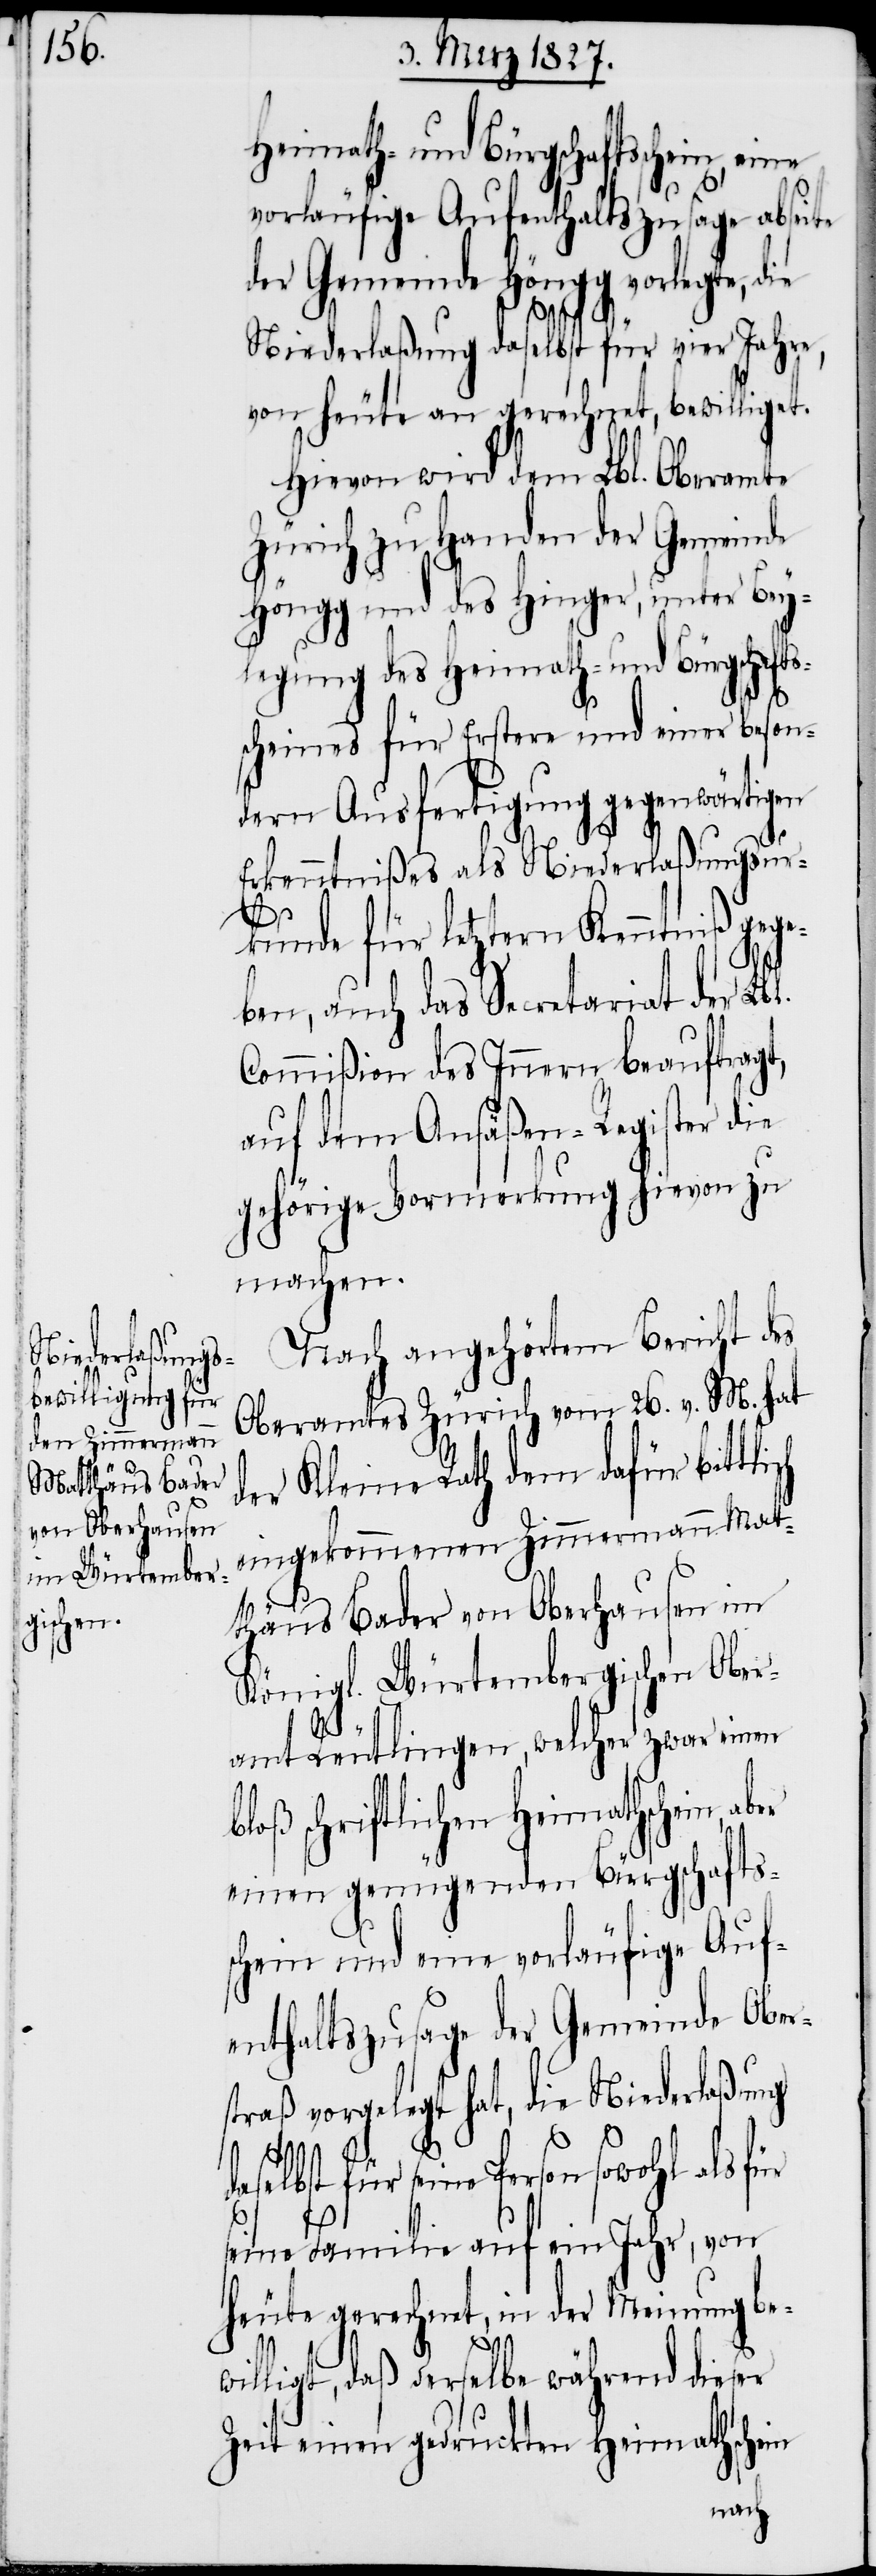
ts¬

Heimath- und Bürgschaftsschein, eine
vorläufige Aufenthaltszusage abseite
der Gemeinde Höngg vorlegte, die
Niederlaßung daselbst für vier Jahre,
von heute an gerechnet, bewilliget.
Hievon wird dem Lbl. Oberamte
Zürich zu Handen der Gemeinde
Höngg und des Hinger, unter Bey¬
legung des Heimath- und Bürgschaf¬
scheines für Erstere und einer beson¬
dern Ausfertigung gegenwärtigen
Erkenntnißes als Niederlaßungsur¬
kunde für letztern Kenntniß gege¬
ben, auch das Secretariat der Lb¬
Commißion des Innern beauftragt,
auf dem Ansäßen-Register die
gehörige Vormerkung hievon zu
machen.
Nach angehörtem Bericht des
Oberamtes Zürich vom 26. v. M. hat
der Kleine Rath dem dafür bittlich
eingekommenen Zimmermann Mat¬
thäus Bader von Oberhausen im
Königl. Würtembergischen Ober¬
b¬
amt Reutlingen, welcher zwar einen
loß schriftlichen Heimathschein,
einen genügenden Bürgschafts¬
schein und eine vorläufige Auf¬
enthaltszusage der Gemeinde Ober¬
straß vorgelegt hat, die Niederlaßung
seine Person sowohl als
seine Familie auf ein Jahr, von
heute gerechnet, in der Meinung bew¬
illigt, daß derselbe während dieser
Zeit einen gedruckten Heimathschein